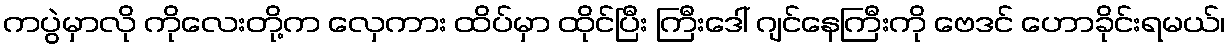
ကပွဲမှာလို ကိုလေးတို့က လှေကား ထိပ်မှာ ထိုင်ပြီး ကြီးဒေါ် ဂျင်နေကြီးကို ဗေဒင် ဟောခိုင်းရမယ်၊